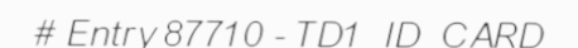
# Entry 87710 - TD1_ID_CARD